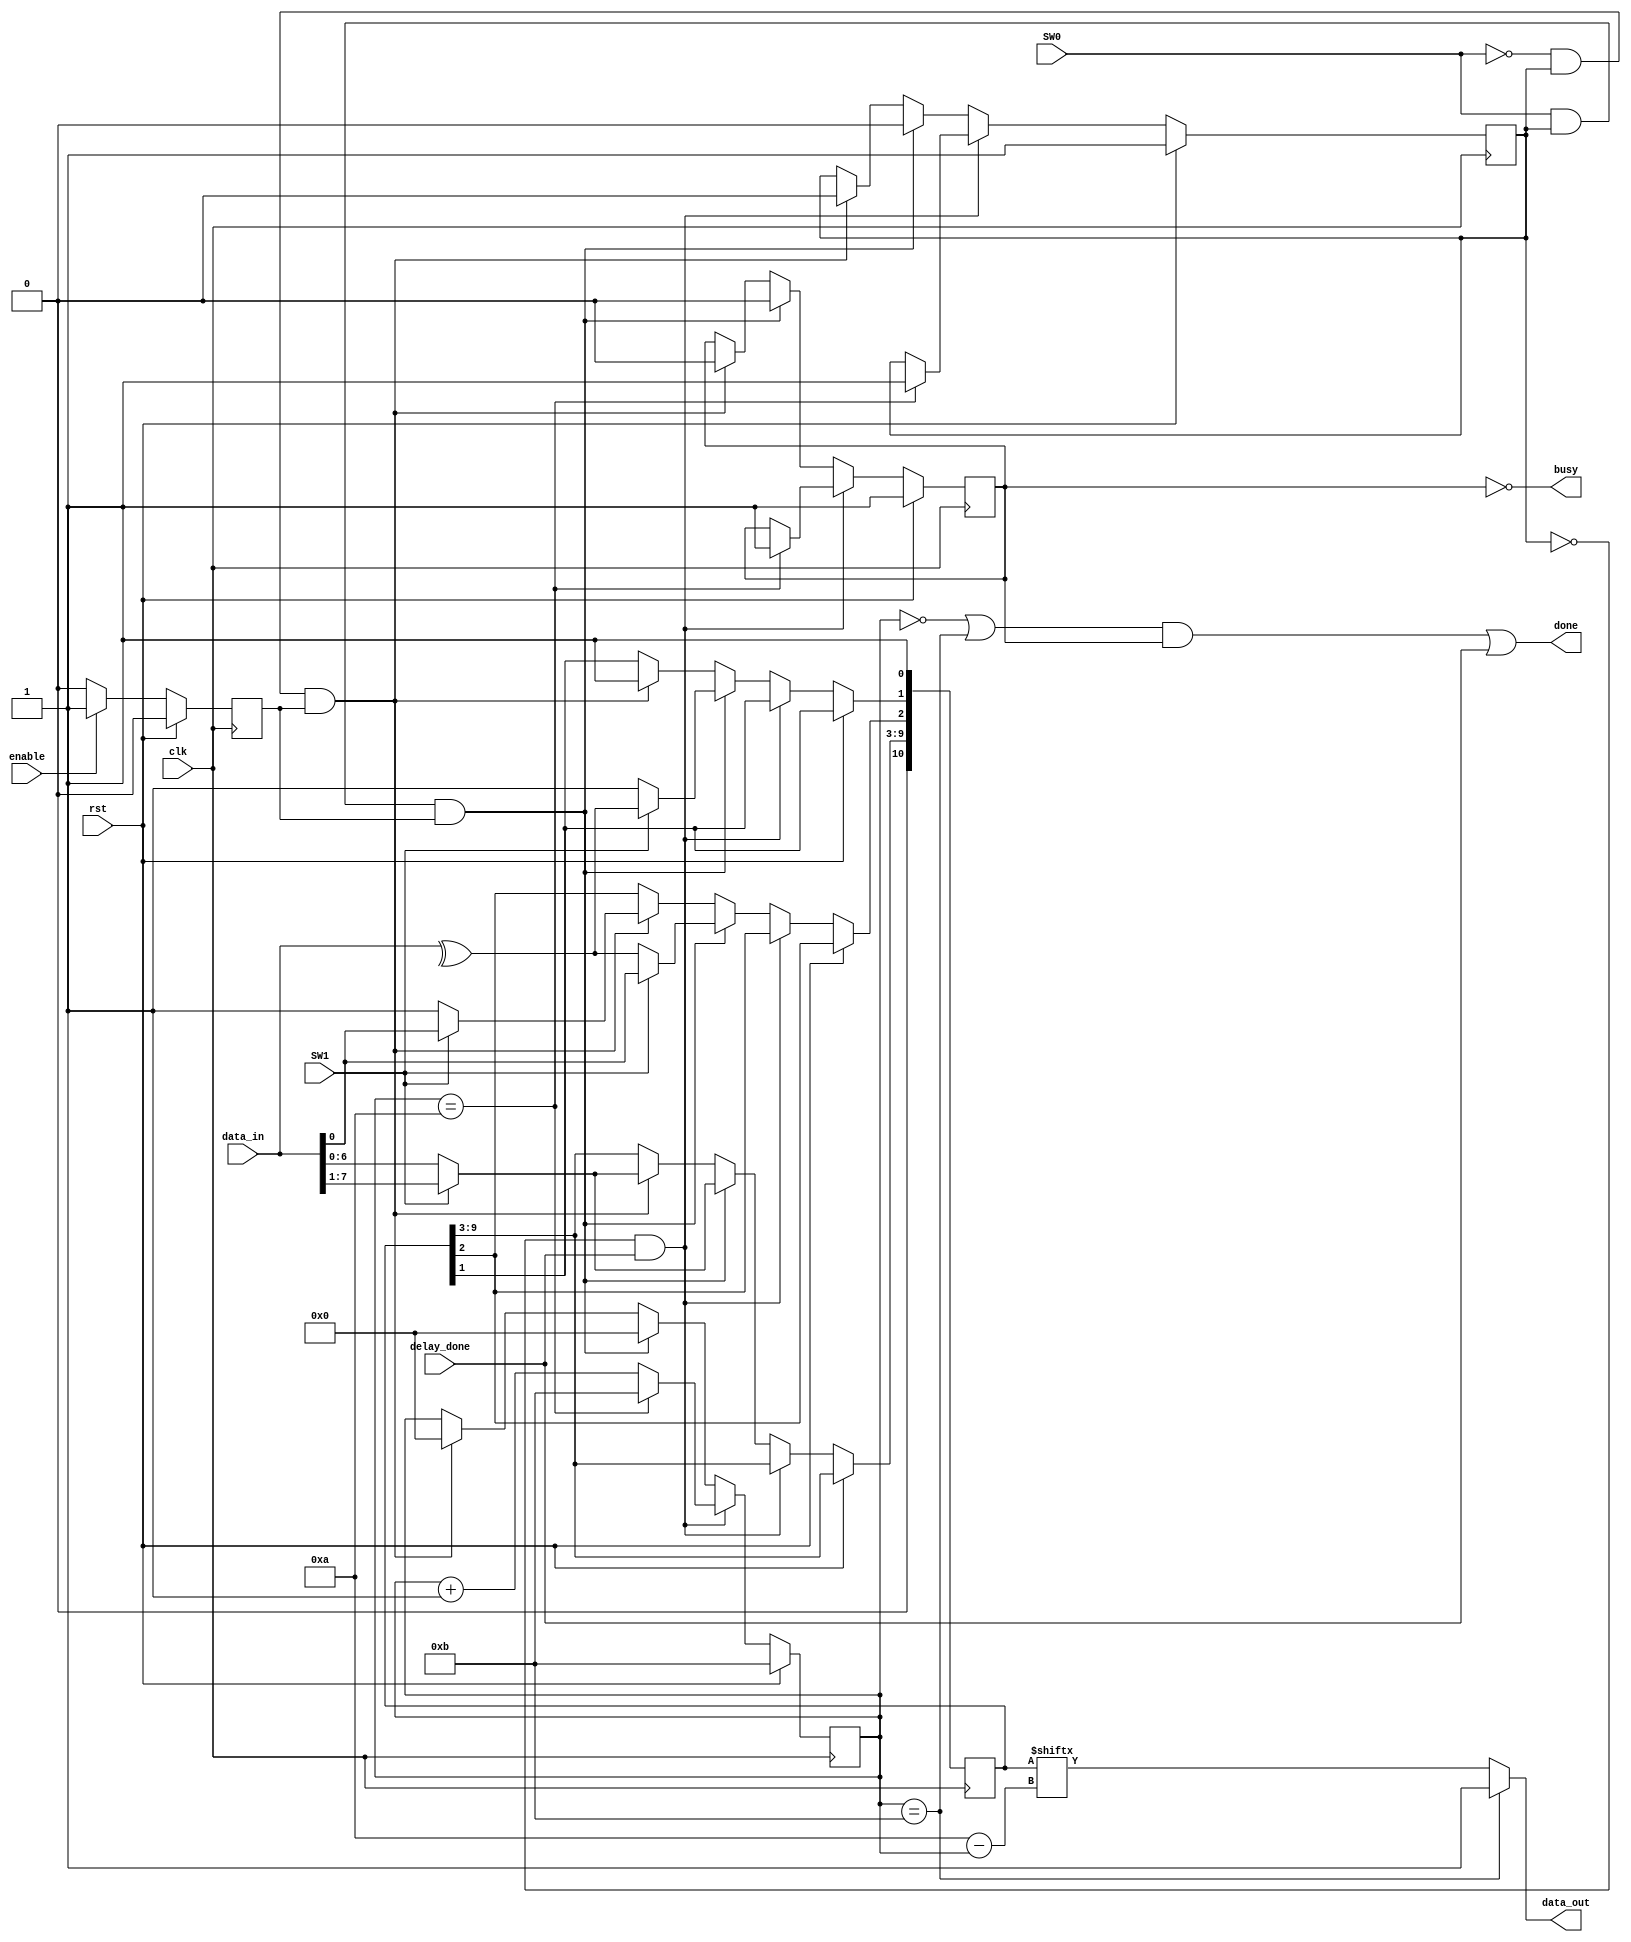
module Frame_Gen(
	input 				clk,
	input 				rst,
	input [7:0]			data_in,
	input 				enable,		// write_en
	input 				SW0,		// even-parity (1) or no parity (0)
	input 				SW1,		// 7 (0) or 8 (1)
	input				delay_done, 
	
	output				done,		// set to the delay
	output 				data_out,
	output				busy
);

reg[10:0]	data_edit;
reg			flag,flag_finish;
reg[3:0]	i;
reg			en_flag;


always @(posedge clk) begin
	data_edit[0] <= 1;
	data_edit[10] <= 0;
	
	if (enable) begin
		en_flag <= 1;
	end
	else if (!enable) begin
		en_flag <= 0;
	end
	
	if (rst) begin
		en_flag <= 0;
		i <= 'd11;
		flag_finish <= 1;
		flag <= 1;
	end
	else if (!flag && delay_done) begin
		if (i == 10) begin
			i <= 11;
			flag <= 1;
			flag_finish <= 1;
		end
		else
			i <= i+1;
	end
	else if (SW0 && flag && en_flag) begin	
		flag <= 0;
		flag_finish <= 0;
		data_edit[1] <= SW1 ? ^data_in : 1;
		data_edit[2] <= SW1 ? data_in[0] : ^data_in;
		data_edit[9:3] <= SW1 ? data_in[7:1] : data_in[6:0];
		i <= 0;
	end
	else if (!SW0 && flag && en_flag)begin
		flag <= 0;
		flag_finish <= 0;
		data_edit[1] <= 1 ;
		data_edit[2] <= SW1 ? data_in[0] : 1 ;
		data_edit[9:3] <= SW1 ? data_in[7:1] : data_in[6:0];
		i <= 0;
	end
end

assign data_out = (i == 11) ? 1 : data_edit[10-i];  	 			// level   
assign done = ((i == 0 || i == 11) && flag_finish) || delay_done;	// pulse
assign busy = !flag_finish;											// pulse

endmodule